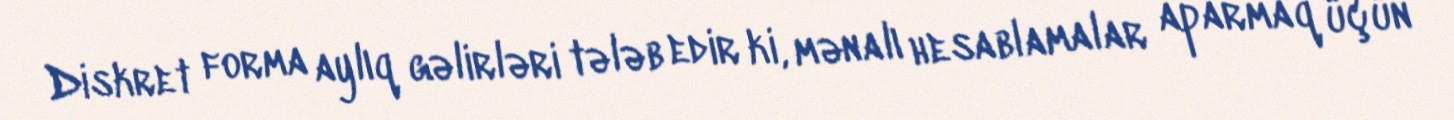
Diskret forma aylıq gəlirləri tələb edir ki, mənalı hesablamalar aparmaq üçün